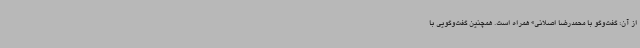
از آن؛ گفت‌وگو با محمدرضا اصلانی» همراه است. همچنین گفت‌وگویی با